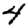
Digit: 4